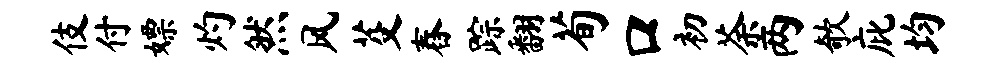
伎付嫖灼然风芟舂踪翻荀口初荼两欹庇均